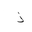
Letter: _zay